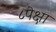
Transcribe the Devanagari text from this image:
८पेक्षा